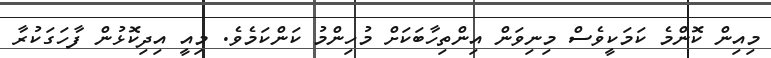
މިއިން ކޮންމެ ކަމަކީވެސް މިނިވަން އިންތިހާބަކަށް މުހިންމު ކަންކަމެވެ. މިއީ އިދިކޮޅުން ފާހަގަކުރާ